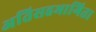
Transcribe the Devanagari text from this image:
अतिसहभागिता